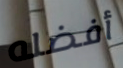
أفضله